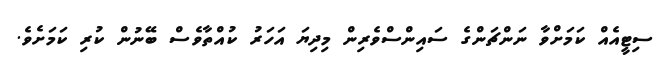
ސިޓީއެއް ކަމަށްވާ ނަންޗަންގެ ސައިންސްވެރިން މިދިޔަ އަހަރު ކުއްތާވެސް ބޭނުން ކުރި ކަމަށެވެ.